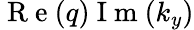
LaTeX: \mathrm{~R~e~}(q)\mathrm{~I~m~}(k_{y})